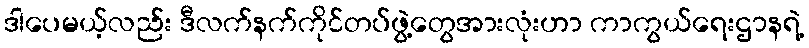
ဒါပေမယ့်လည်း ဒီလက်နက်ကိုင်တပ်ဖွဲ့တွေအားလုံးဟာ ကာကွယ်ရေးဌာနရဲ့